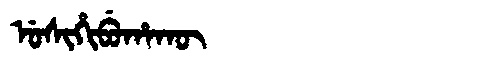
Manchu: ᡠᠰᡳᡥᡳᠪᡠᡥᠠᡴᡡ
Romanization: USIHIBUHAKŪ